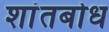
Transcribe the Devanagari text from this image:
शांतबोध